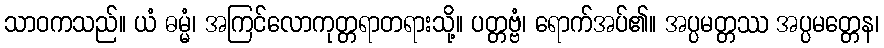
သာဝကသည်။ ယံ ဓမ္မံ၊ အကြင်လောကုတ္တရာတရားသို့။ ပတ္တဗ္ဗံ၊ ရောက်အပ်၏။ အပ္ပမတ္တဿ အပ္ပမတ္တေန၊